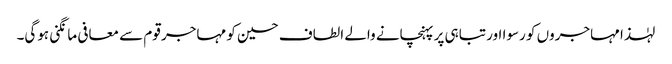
لہٰذا مہاجروں کو رسوا اور تباہی پر پہنچانے والے الطاف حسین کو مہاجر قوم سے معافی مانگنی ہوگی۔